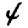
Digit: 4